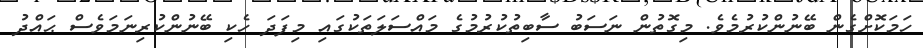
ހަމަކޮށްގެން ބޭނުންކުރުމެވެ. މިގޮތުން ނަސަބު ސާބިތުކުރުމުގެ މައްސަލަތަކުގައި މިފަދަ ހެކި ބޭނުންކުރިނަމަވެސް ޙައްދު